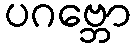
ပဂဗ္ဘော